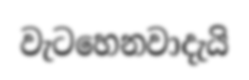
වැටහෙනවාදැයි